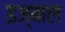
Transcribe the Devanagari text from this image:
इज्बाल